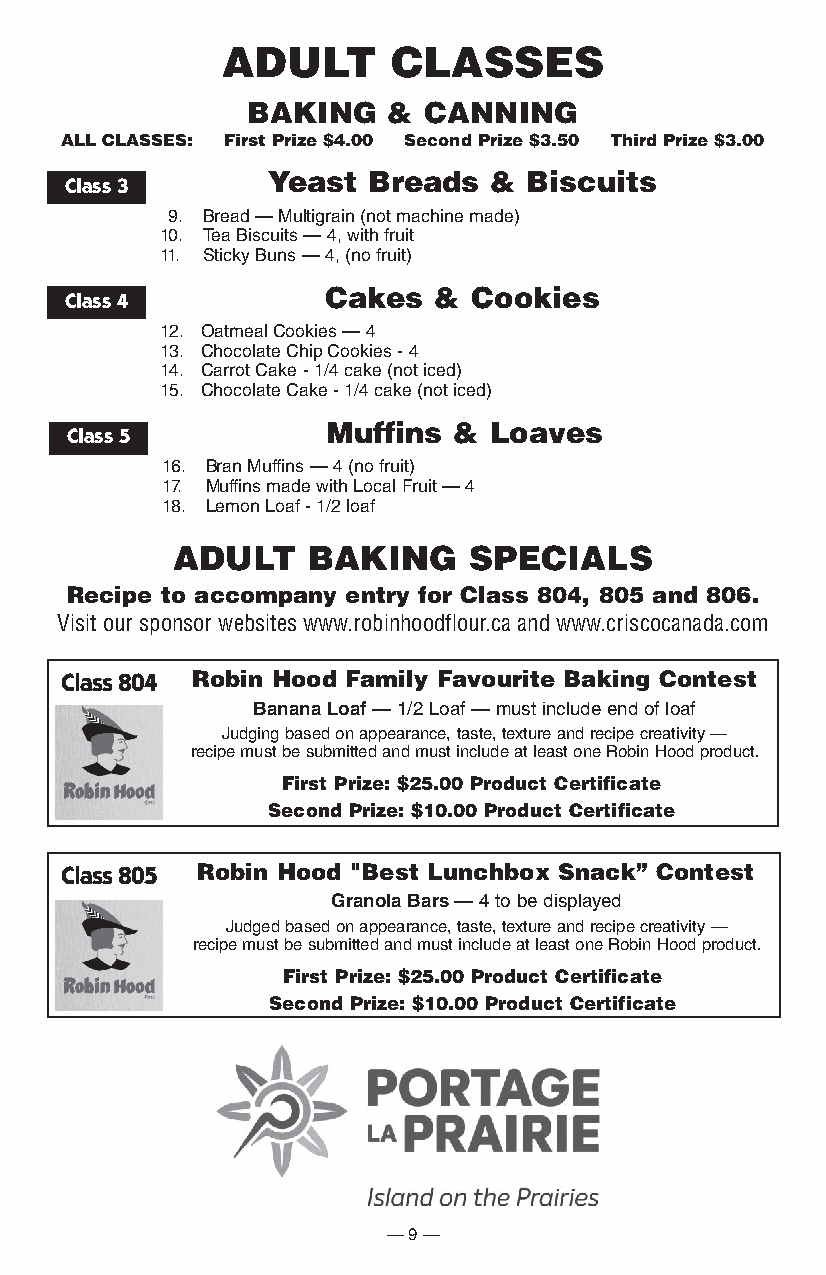
AduLT      CLASSES
 BAKInG    & CAnnInG
 ALL CLASSES: First Prize $4.00 Second Prize $3.50 Third Prize $3.00
 Yeast Breads  &  Biscuits
 Class 3
 9. Bread — Multigrain (not machine made)
 10. Tea Biscuits — 4, with fruit
 11. Sticky Buns — 4, (no fruit)
 Cakes  & Cookies
 Class 4
 12. Oatmeal Cookies — 4
 13. Chocolate Chip Cookies - 4
 14. Carrot Cake - 1/4 cake (not iced)
 15. Chocolate Cake - 1/4 cake (not iced)
 Muffins & Loaves
 Class 5
 16. Bran Muffins — 4 (no fruit)
 17. Muffins made with Local Fruit — 4
 18. Lemon Loaf - 1/2 loaf
 AduLT    BAKInG     SPECIALS
 Recipe to accompany entry for Class 804, 805 and 806.
 Visit our sponsor websites www.robinhoodflour.ca and www.criscocanada.com
 Class 804 Robin Hood Family Favourite Baking Contest
 Banana loaf — 1/2 Loaf — must include end of loaf
 Judging based on appearance, taste, texture and recipe creativity —
 recipe must be submitted and must include at least one Robin Hood product.
 First Prize: $25.00 Product Certificate
 Second Prize: $10.00 Product Certificate
 Class 805 Robin Hood "Best Lunchbox Snack” Contest
 Granola Bars — 4 to be displayed
 Judged based on appearance, taste, texture and recipe creativity —
 recipe must be submitted and must include at least one Robin Hood product.
 First Prize: $25.00 Product Certificate
 Second Prize: $10.00 Product Certificate
 — 9 —